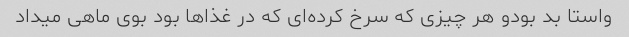
واستا بد بودو هر چیزی که سرخ کرده‌ای که در غذاها بود بوی ماهی میداد